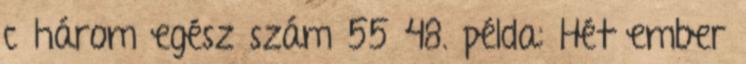
c három egész szám 55 48. példa: Hét ember